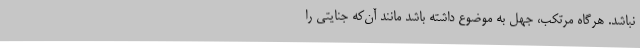
نباشد. هرگاه مرتکب، جهل به موضوع داشته باشد مانند آن‌که جنایتی را